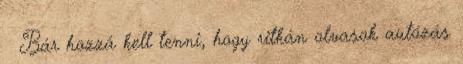
😊 Bár hozzá kell tenni, hogy ritkán olvasok autózás